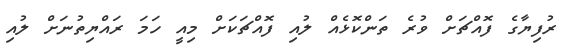
ރުފިޔާގެ ފޮއްޗަށް ވުރެ ތަންކޮޅެއް ލުއި ފޮއްޗަކަށް މިއީ ހަމަ ރައްޔިތުނަށް ލުއި